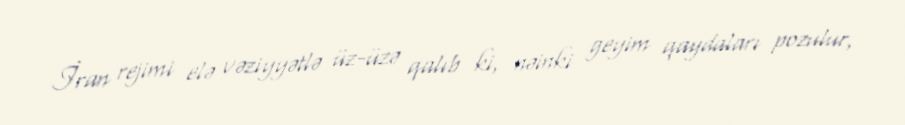
İran rejimi elə vəziyyətlə üz-üzə qalıb ki, nəinki geyim qaydaları pozulur,